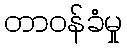
တာဝန်ခံမှု